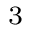
^ { 3 }